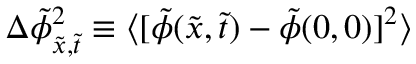
\Delta \tilde { \phi } _ { \tilde { x } , \tilde { t } } ^ { 2 } \equiv \langle [ \tilde { \phi } ( \tilde { x } , \tilde { t } ) - \tilde { \phi } ( 0 , 0 ) ] ^ { 2 } \rangle